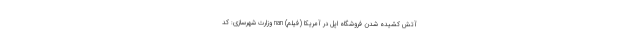
آتش کشیده شدن فروشگاه اپل در آمریکا (فیلم) nan وزارت شهرسازی: کد